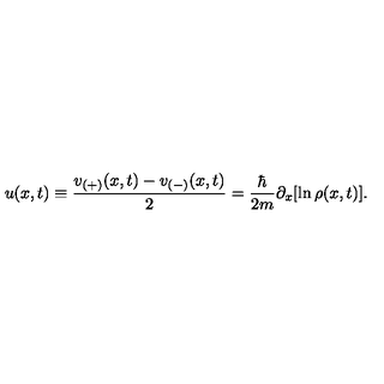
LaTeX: u ( x , t ) \equiv \frac { v _ { ( + ) } ( x , t ) - v _ { ( - ) } ( x , t ) } { 2 } = \frac { \hbar } { 2 m } \partial _ { x } [ \ln \rho ( x , t ) ] .